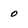
Character: o